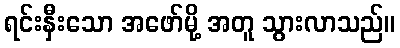
ရင်းနှီးသော အဖော်မို့ အတူ သွားလာသည်။